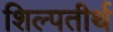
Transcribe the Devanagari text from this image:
शिल्पतीर्थ